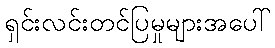
ရှင်းလင်းတင်ပြမှုများအပေါ်